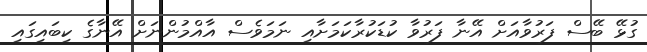
ގުޅޭ ބޭސް ފަރުވާއަށް އޭނާ ފަރުވާ ކުޑަކުރާކަމަށާއި ނަމަވެސް އާއްމުންނަށް އޭނާގެ ކިބައިގައި